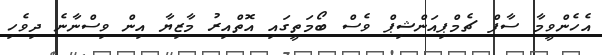
އެހެންވީމާ ސާފް ޗެމްޕިއަންޝިޕް ވެސް ބޯމަތީގައި އޮތްއިރު މާޒިޔާ އިން ވިސްނާނެ ދިވެހި